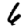
Digit: 6